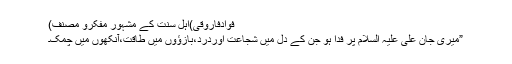
فوادفاروقی)اہلِ سنت کے مشہور مفکرو مصنف)
”میری جان علی علیہ السلام پر فدا ہو جن کے دل میں شجاعت اوردرد،بازؤوں میں طاقت،آنکھوں میں چمک۔